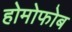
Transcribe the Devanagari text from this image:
होमोफोब